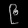
Digit: ၉